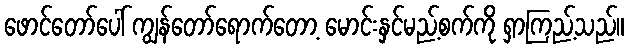
ဖောင်တော်ပေါ် ကျွန်တော်ရောက်တော့ မောင်းနှင်မည့်စက်ကို ရှာကြည့်သည်။